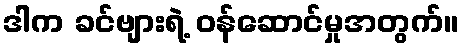
ဒါက ခင်ဗျားရဲ့ ဝန်ဆောင်မှုအတွက်။